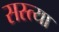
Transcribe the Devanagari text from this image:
सस्त्या